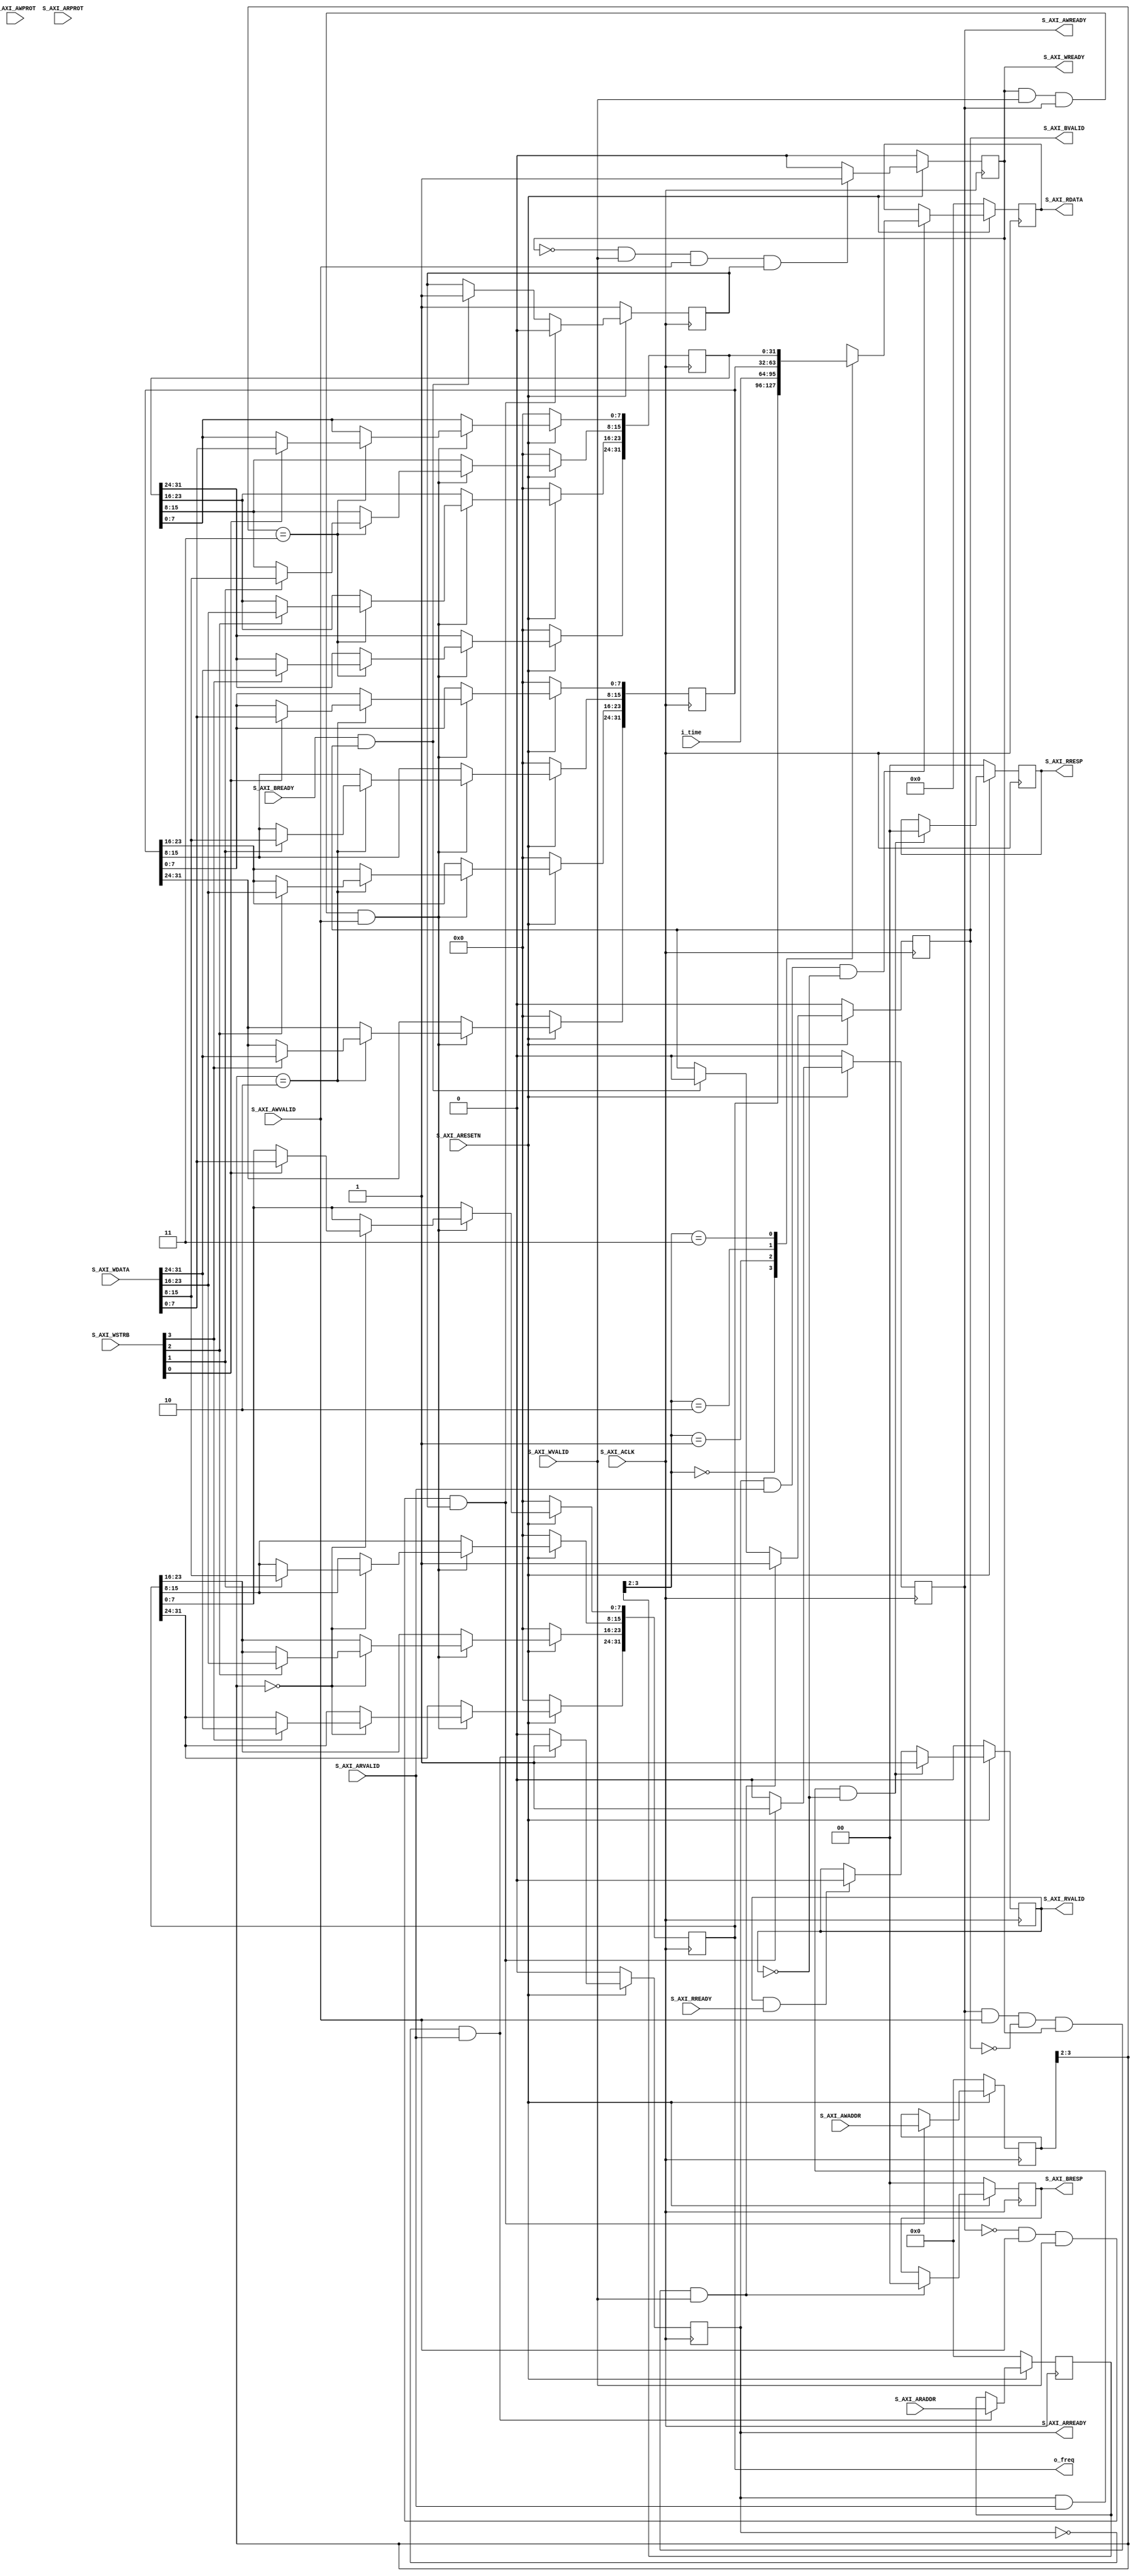
//////////////////////////////////////////////////////////////////////////////////
// Company: Personal
// Engineer: 
//
// License : https://github.com/matbi86/matbi_fpga_season_1/blob/master/LICENSE
// Design Name: ip_v1_0_S00_AXI
// Module Name: ip_v1_0_S00_AXI
// Project Name:
// Target Devices:
// Tool Versions:
// Description: AXI4LITE to control watch top
//				
// Dependencies:
//
// Revision:
// Revision 0.01 - File Created
// Additional Comments:
//
//////////////////////////////////////////////////////////////////////////////////

`timescale 1 ns / 1 ps

	module ip_v1_0_S00_AXI #
	(
		// Users to add parameters here

		// User parameters ends
		// Do not modify the parameters beyond this line

		// Width of S_AXI data bus
		parameter integer C_S_AXI_DATA_WIDTH	= 32,
		// Width of S_AXI address bus
		parameter integer C_S_AXI_ADDR_WIDTH	= 4
	)
	(
		// (lab4) Users to add ports here
		output [31:0] o_freq,
		input  [31:0] i_time,

		// User ports ends
		// Do not modify the ports beyond this line

		// Global Clock Signal
		input wire  S_AXI_ACLK,
		// Global Reset Signal. This Signal is Active LOW
		input wire  S_AXI_ARESETN,
		// Write address (issued by master, acceped by Slave)
		input wire [C_S_AXI_ADDR_WIDTH-1 : 0] S_AXI_AWADDR,
		// Write channel Protection type. This signal indicates the
    		// privilege and security level of the transaction, and whether
    		// the transaction is a data access or an instruction access.
		input wire [2 : 0] S_AXI_AWPROT,
		// Write address valid. This signal indicates that the master signaling
    		// valid write address and control information.
		input wire  S_AXI_AWVALID,
		// Write address ready. This signal indicates that the slave is ready
    		// to accept an address and associated control signals.
		output wire  S_AXI_AWREADY,
		// Write data (issued by master, acceped by Slave) 
		input wire [C_S_AXI_DATA_WIDTH-1 : 0] S_AXI_WDATA,
		// Write strobes. This signal indicates which byte lanes hold
    		// valid data. There is one write strobe bit for each eight
    		// bits of the write data bus.    
		input wire [(C_S_AXI_DATA_WIDTH/8)-1 : 0] S_AXI_WSTRB,
		// Write valid. This signal indicates that valid write
    		// data and strobes are available.
		input wire  S_AXI_WVALID,
		// Write ready. This signal indicates that the slave
    		// can accept the write data.
		output wire  S_AXI_WREADY,
		// Write response. This signal indicates the status
    		// of the write transaction.
		output wire [1 : 0] S_AXI_BRESP,
		// Write response valid. This signal indicates that the channel
    		// is signaling a valid write response.
		output wire  S_AXI_BVALID,
		// Response ready. This signal indicates that the master
    		// can accept a write response.
		input wire  S_AXI_BREADY,
		// Read address (issued by master, acceped by Slave)
		input wire [C_S_AXI_ADDR_WIDTH-1 : 0] S_AXI_ARADDR,
		// Protection type. This signal indicates the privilege
    		// and security level of the transaction, and whether the
    		// transaction is a data access or an instruction access.
		input wire [2 : 0] S_AXI_ARPROT,
		// Read address valid. This signal indicates that the channel
    		// is signaling valid read address and control information.
		input wire  S_AXI_ARVALID,
		// Read address ready. This signal indicates that the slave is
    		// ready to accept an address and associated control signals.
		output wire  S_AXI_ARREADY,
		// Read data (issued by slave)
		output wire [C_S_AXI_DATA_WIDTH-1 : 0] S_AXI_RDATA,
		// Read response. This signal indicates the status of the
    		// read transfer.
		output wire [1 : 0] S_AXI_RRESP,
		// Read valid. This signal indicates that the channel is
    		// signaling the required read data.
		output wire  S_AXI_RVALID,
		// Read ready. This signal indicates that the master can
    		// accept the read data and response information.
		input wire  S_AXI_RREADY
	);

	// AXI4LITE signals
	reg [C_S_AXI_ADDR_WIDTH-1 : 0] 	axi_awaddr;
	reg  	axi_awready;
	reg  	axi_wready;
	reg [1 : 0] 	axi_bresp;
	reg  	axi_bvalid;
	reg [C_S_AXI_ADDR_WIDTH-1 : 0] 	axi_araddr;
	reg  	axi_arready;
	reg [C_S_AXI_DATA_WIDTH-1 : 0] 	axi_rdata;
	reg [1 : 0] 	axi_rresp;
	reg  	axi_rvalid;

	// Example-specific design signals
	// local parameter for addressing 32 bit / 64 bit C_S_AXI_DATA_WIDTH
	// ADDR_LSB is used for addressing 32/64 bit registers/memories
	// ADDR_LSB = 2 for 32 bits (n downto 2)
	// ADDR_LSB = 3 for 64 bits (n downto 3)
	localparam integer ADDR_LSB = (C_S_AXI_DATA_WIDTH/32) + 1;
	localparam integer OPT_MEM_ADDR_BITS = 1;
	//----------------------------------------------
	//-- Signals for user logic register space example
	//------------------------------------------------
	//-- Number of Slave Registers 4
	reg [C_S_AXI_DATA_WIDTH-1:0]	slv_reg0;
	reg [C_S_AXI_DATA_WIDTH-1:0]	slv_reg1;
	reg [C_S_AXI_DATA_WIDTH-1:0]	slv_reg2;
	reg [C_S_AXI_DATA_WIDTH-1:0]	slv_reg3;
	wire	 slv_reg_rden;
	wire	 slv_reg_wren;
	reg [C_S_AXI_DATA_WIDTH-1:0]	 reg_data_out;
	integer	 byte_index;
	reg	 aw_en;

	// I/O Connections assignments

	assign S_AXI_AWREADY	= axi_awready;
	assign S_AXI_WREADY	= axi_wready;
	assign S_AXI_BRESP	= axi_bresp;
	assign S_AXI_BVALID	= axi_bvalid;
	assign S_AXI_ARREADY	= axi_arready;
	assign S_AXI_RDATA	= axi_rdata;
	assign S_AXI_RRESP	= axi_rresp;
	assign S_AXI_RVALID	= axi_rvalid;
	// Implement axi_awready generation
	// axi_awready is asserted for one S_AXI_ACLK clock cycle when both
	// S_AXI_AWVALID and S_AXI_WVALID are asserted. axi_awready is
	// de-asserted when reset is low.

	always @( posedge S_AXI_ACLK )
	begin
	  if ( S_AXI_ARESETN == 1'b0 )
	    begin
	      axi_awready <= 1'b0;
	      aw_en <= 1'b1;
	    end 
	  else
	    begin    
	      if (~axi_awready && S_AXI_AWVALID && S_AXI_WVALID && aw_en)
	        begin
	          // slave is ready to accept write address when 
	          // there is a valid write address and write data
	          // on the write address and data bus. This design 
	          // expects no outstanding transactions. 
	          axi_awready <= 1'b1;
	          aw_en <= 1'b0;
	        end
	        else if (S_AXI_BREADY && axi_bvalid)
	            begin
	              aw_en <= 1'b1;
	              axi_awready <= 1'b0;
	            end
	      else           
	        begin
	          axi_awready <= 1'b0;
	        end
	    end 
	end       

	// Implement axi_awaddr latching
	// This process is used to latch the address when both 
	// S_AXI_AWVALID and S_AXI_WVALID are valid. 

	always @( posedge S_AXI_ACLK )
	begin
	  if ( S_AXI_ARESETN == 1'b0 )
	    begin
	      axi_awaddr <= 0;
	    end 
	  else
	    begin    
	      if (~axi_awready && S_AXI_AWVALID && S_AXI_WVALID && aw_en)
	        begin
	          // Write Address latching 
	          axi_awaddr <= S_AXI_AWADDR;
	        end
	    end 
	end       

	// Implement axi_wready generation
	// axi_wready is asserted for one S_AXI_ACLK clock cycle when both
	// S_AXI_AWVALID and S_AXI_WVALID are asserted. axi_wready is 
	// de-asserted when reset is low. 

	always @( posedge S_AXI_ACLK )
	begin
	  if ( S_AXI_ARESETN == 1'b0 )
	    begin
	      axi_wready <= 1'b0;
	    end 
	  else
	    begin    
	      if (~axi_wready && S_AXI_WVALID && S_AXI_AWVALID && aw_en )
	        begin
	          // slave is ready to accept write data when 
	          // there is a valid write address and write data
	          // on the write address and data bus. This design 
	          // expects no outstanding transactions. 
	          axi_wready <= 1'b1;
	        end
	      else
	        begin
	          axi_wready <= 1'b0;
	        end
	    end 
	end       

	// Implement memory mapped register select and write logic generation
	// The write data is accepted and written to memory mapped registers when
	// axi_awready, S_AXI_WVALID, axi_wready and S_AXI_WVALID are asserted. Write strobes are used to
	// select byte enables of slave registers while writing.
	// These registers are cleared when reset (active low) is applied.
	// Slave register write enable is asserted when valid address and data are available
	// and the slave is ready to accept the write address and write data.
	assign slv_reg_wren = axi_wready && S_AXI_WVALID && axi_awready && S_AXI_AWVALID;

	always @( posedge S_AXI_ACLK )
	begin
	  if ( S_AXI_ARESETN == 1'b0 )
	    begin
	      slv_reg0 <= 0;
	      slv_reg1 <= 0;
	      slv_reg2 <= 0;
	      slv_reg3 <= 0;
	    end 
	  else begin
	    if (slv_reg_wren)
	      begin
	        case ( axi_awaddr[ADDR_LSB+OPT_MEM_ADDR_BITS:ADDR_LSB] )
	          2'h0:
	            for ( byte_index = 0; byte_index <= (C_S_AXI_DATA_WIDTH/8)-1; byte_index = byte_index+1 )
	              if ( S_AXI_WSTRB[byte_index] == 1 ) begin
	                // Respective byte enables are asserted as per write strobes 
	                // Slave register 0
	                slv_reg0[(byte_index*8) +: 8] <= S_AXI_WDATA[(byte_index*8) +: 8];
	              end  
	          2'h1:
	            for ( byte_index = 0; byte_index <= (C_S_AXI_DATA_WIDTH/8)-1; byte_index = byte_index+1 )
	              if ( S_AXI_WSTRB[byte_index] == 1 ) begin
	                // Respective byte enables are asserted as per write strobes 
	                // Slave register 1
	                slv_reg1[(byte_index*8) +: 8] <= S_AXI_WDATA[(byte_index*8) +: 8];
	              end  
	          2'h2:
	            for ( byte_index = 0; byte_index <= (C_S_AXI_DATA_WIDTH/8)-1; byte_index = byte_index+1 )
	              if ( S_AXI_WSTRB[byte_index] == 1 ) begin
	                // Respective byte enables are asserted as per write strobes 
	                // Slave register 2
	                slv_reg2[(byte_index*8) +: 8] <= S_AXI_WDATA[(byte_index*8) +: 8];
	              end  
	          2'h3:
	            for ( byte_index = 0; byte_index <= (C_S_AXI_DATA_WIDTH/8)-1; byte_index = byte_index+1 )
	              if ( S_AXI_WSTRB[byte_index] == 1 ) begin
	                // Respective byte enables are asserted as per write strobes 
	                // Slave register 3
	                slv_reg3[(byte_index*8) +: 8] <= S_AXI_WDATA[(byte_index*8) +: 8];
	              end  
	          default : begin
	                      slv_reg0 <= slv_reg0;
	                      slv_reg1 <= slv_reg1;
	                      slv_reg2 <= slv_reg2;
	                      slv_reg3 <= slv_reg3;
	                    end
	        endcase
	      end
	  end
	end    

	// Implement write response logic generation
	// The write response and response valid signals are asserted by the slave 
	// when axi_wready, S_AXI_WVALID, axi_wready and S_AXI_WVALID are asserted.  
	// This marks the acceptance of address and indicates the status of 
	// write transaction.

	always @( posedge S_AXI_ACLK )
	begin
	  if ( S_AXI_ARESETN == 1'b0 )
	    begin
	      axi_bvalid  <= 0;
	      axi_bresp   <= 2'b0;
	    end 
	  else
	    begin    
	      if (axi_awready && S_AXI_AWVALID && ~axi_bvalid && axi_wready && S_AXI_WVALID)
	        begin
	          // indicates a valid write response is available
	          axi_bvalid <= 1'b1;
	          axi_bresp  <= 2'b0; // 'OKAY' response 
	        end                   // work error responses in future
	      else
	        begin
	          if (S_AXI_BREADY && axi_bvalid) 
	            //check if bready is asserted while bvalid is high) 
	            //(there is a possibility that bready is always asserted high)   
	            begin
	              axi_bvalid <= 1'b0; 
	            end  
	        end
	    end
	end   

	// Implement axi_arready generation
	// axi_arready is asserted for one S_AXI_ACLK clock cycle when
	// S_AXI_ARVALID is asserted. axi_awready is 
	// de-asserted when reset (active low) is asserted. 
	// The read address is also latched when S_AXI_ARVALID is 
	// asserted. axi_araddr is reset to zero on reset assertion.

	always @( posedge S_AXI_ACLK )
	begin
	  if ( S_AXI_ARESETN == 1'b0 )
	    begin
	      axi_arready <= 1'b0;
	      axi_araddr  <= 32'b0;
	    end 
	  else
	    begin    
	      if (~axi_arready && S_AXI_ARVALID)
	        begin
	          // indicates that the slave has acceped the valid read address
	          axi_arready <= 1'b1;
	          // Read address latching
	          axi_araddr  <= S_AXI_ARADDR;
	        end
	      else
	        begin
	          axi_arready <= 1'b0;
	        end
	    end 
	end       

	// Implement axi_arvalid generation
	// axi_rvalid is asserted for one S_AXI_ACLK clock cycle when both 
	// S_AXI_ARVALID and axi_arready are asserted. The slave registers 
	// data are available on the axi_rdata bus at this instance. The 
	// assertion of axi_rvalid marks the validity of read data on the 
	// bus and axi_rresp indicates the status of read transaction.axi_rvalid 
	// is deasserted on reset (active low). axi_rresp and axi_rdata are 
	// cleared to zero on reset (active low).  
	always @( posedge S_AXI_ACLK )
	begin
	  if ( S_AXI_ARESETN == 1'b0 )
	    begin
	      axi_rvalid <= 0;
	      axi_rresp  <= 0;
	    end 
	  else
	    begin    
	      if (axi_arready && S_AXI_ARVALID && ~axi_rvalid)
	        begin
	          // Valid read data is available at the read data bus
	          axi_rvalid <= 1'b1;
	          axi_rresp  <= 2'b0; // 'OKAY' response
	        end   
	      else if (axi_rvalid && S_AXI_RREADY)
	        begin
	          // Read data is accepted by the master
	          axi_rvalid <= 1'b0;
	        end                
	    end
	end    

	// Implement memory mapped register select and read logic generation
	// Slave register read enable is asserted when valid address is available
	// and the slave is ready to accept the read address.
	assign slv_reg_rden = axi_arready & S_AXI_ARVALID & ~axi_rvalid;
	always @(*)
	begin
	      // Address decoding for reading registers
	      case ( axi_araddr[ADDR_LSB+OPT_MEM_ADDR_BITS:ADDR_LSB] )
	        2'h0   : reg_data_out <= slv_reg0;
	        //2'h1   : reg_data_out <= slv_reg1;
	        2'h1   : reg_data_out <= i_time;
	        2'h2   : reg_data_out <= slv_reg2;
	        2'h3   : reg_data_out <= slv_reg3;
	        default : reg_data_out <= 0;
	      endcase
	end

	// Output register or memory read data
	always @( posedge S_AXI_ACLK )
	begin
	  if ( S_AXI_ARESETN == 1'b0 )
	    begin
	      axi_rdata  <= 0;
	    end 
	  else
	    begin    
	      // When there is a valid read address (S_AXI_ARVALID) with 
	      // acceptance of read address by the slave (axi_arready), 
	      // output the read dada 
	      if (slv_reg_rden)
	        begin
	          axi_rdata <= reg_data_out;     // register read data
	        end   
	    end
	end    

	// (lab4) Add user logic here
	assign o_freq = slv_reg0;
	// User logic ends

	endmodule